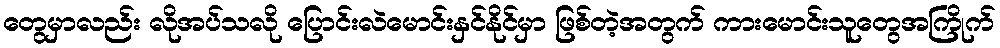
တွေမှာလည်း လိုအပ်သလို ပြောင်းလဲမောင်းနှင်နိုင်မှာ ဖြစ်တဲ့အတွက် ကားမောင်းသူတွေအကြိုက်